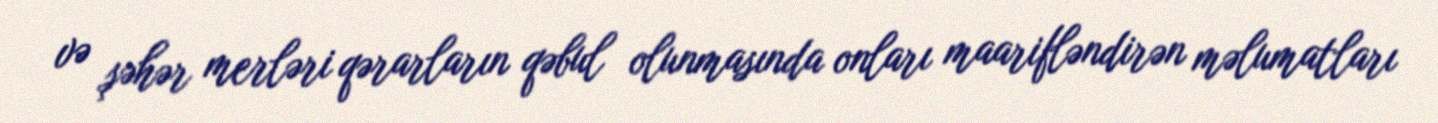
və şəhər merləri qərarların qəbul olunmasında onları maarifləndirən məlumatları